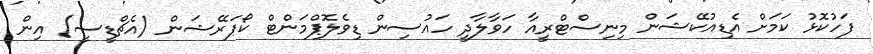
ފަހުކޮޅު ކަމަށް އެޑިއުކޭޝަން މިނިސްޓްރީއާ ހަވާލާދީ ހައުސިން ޑިވެލޮޕްމަންޓް ކޯޕަރޭޝަން (އެޗްޑީސީ) އިން